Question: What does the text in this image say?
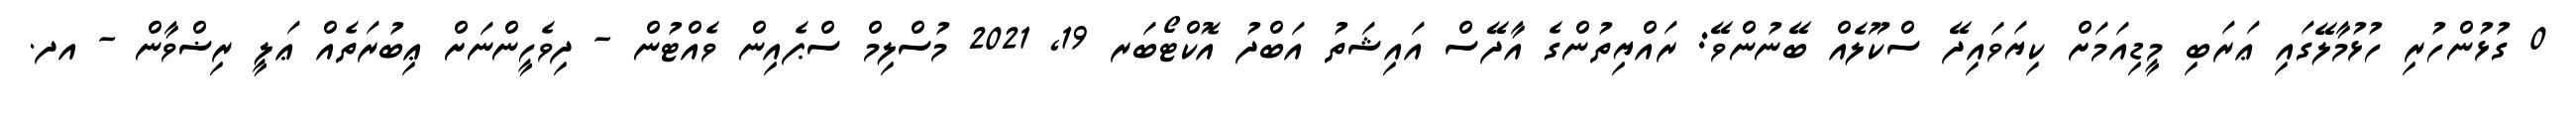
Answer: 0 ގުޅުންހުރި ހުޅުމާލޭގައި ޢަރަބި މީޑިއަމަށް ކިޔަވައިދޭ ސްކޫލެއް ބޭނުންވޭ: ރައްޔިތުންގެ އާދޭސް އައިޝަތު އަބްދު އޮކްޓޯބަރ 19, 2021 މުސްލިމް ސްޕެއިން ވެއްޓުން - ދިވެހީންނަށް ޢިބުރަތެއް ޢަލީ ރިޟްވާން - އދ.